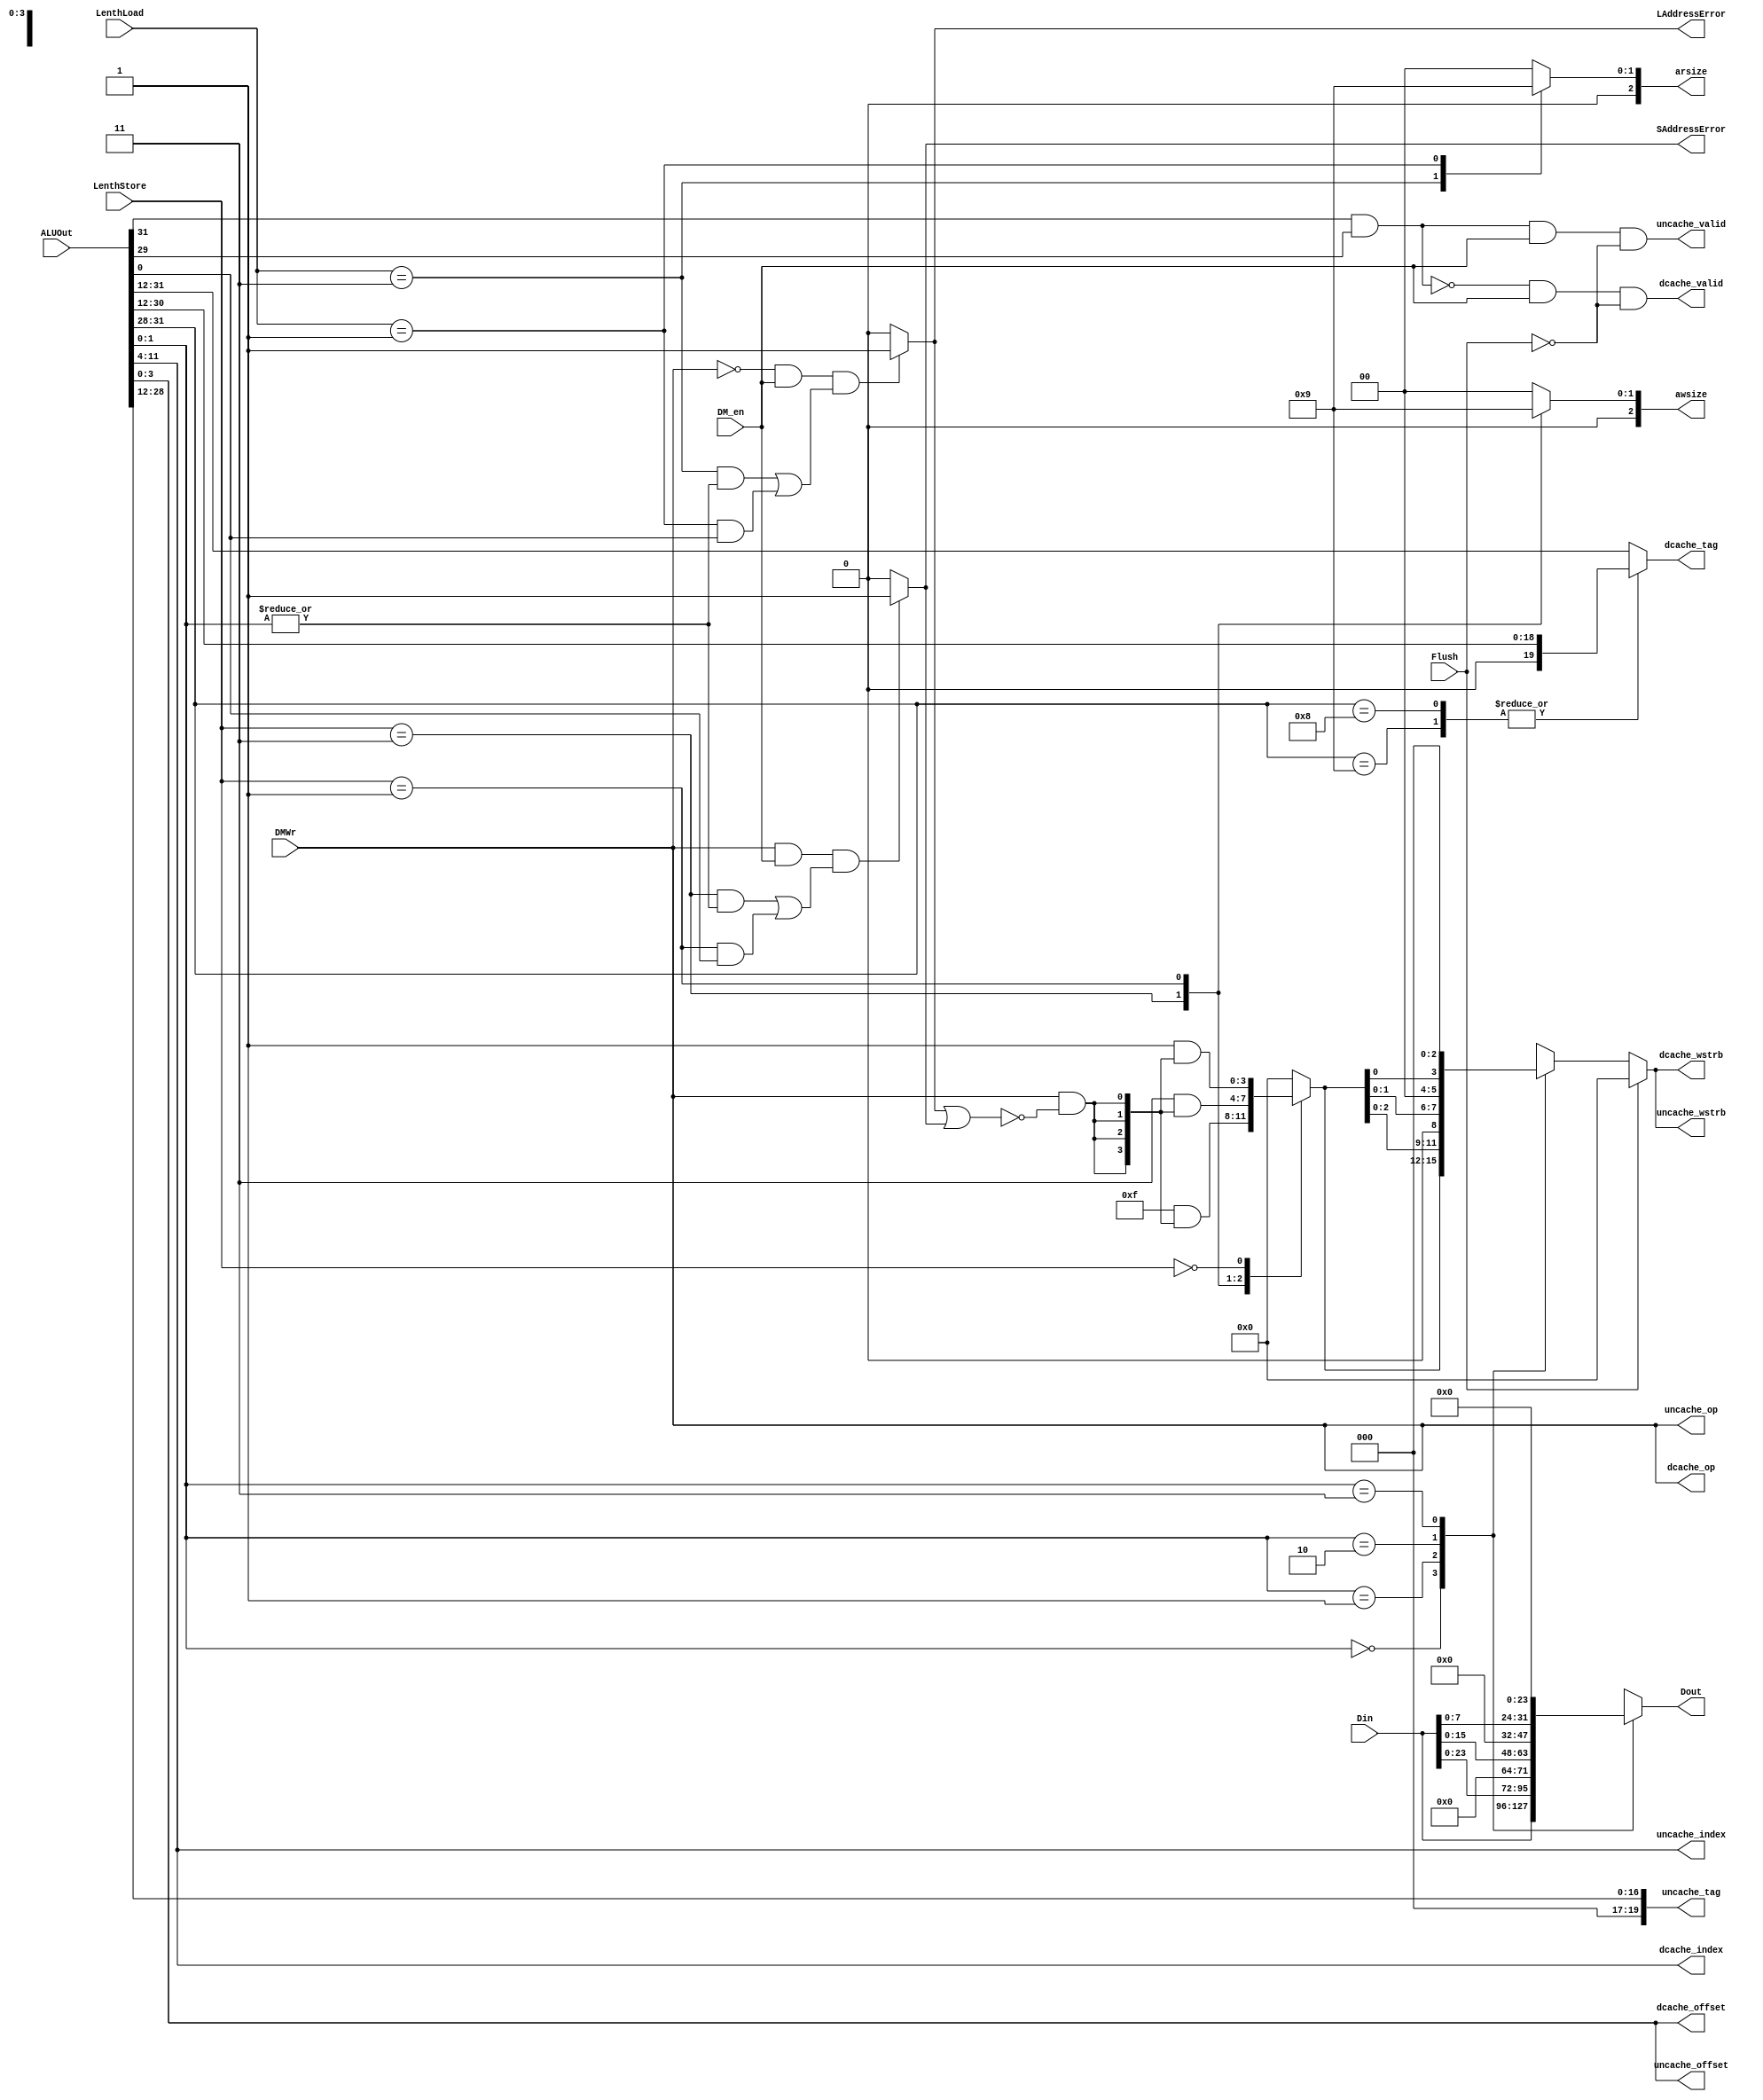
module DM_decoder(DM_en,ALUOut,Din,LenthLoad,LenthStore,DMWr,Flush,
SAddressError,LAddressError,
Dout,dcache_valid,dcache_index,dcache_offset,dcache_tag,dcache_wstrb,dcache_op,
uncache_valid,uncache_index,uncache_offset,uncache_tag,uncache_wstrb,uncache_op,
awsize,arsize
);
    input DM_en;
    input [31:0] ALUOut;
    input [31:0] Din;
    input [1:0] LenthLoad,LenthStore;
    input DMWr;
    input Flush;

    output reg SAddressError,LAddressError;
    output reg [31:0] Dout;
    output dcache_valid,uncache_valid;
    output [7:0] dcache_index,uncache_index;
    output [3:0] dcache_offset,uncache_offset;
    output [19:0] uncache_tag;
    output reg [19:0] dcache_tag;
    output [3:0] dcache_wstrb,uncache_wstrb;
    output dcache_op,uncache_op;
    output reg [2:0] awsize,arsize;

    reg [3:0] DM_Wen;
    reg [3:0] temp;
    wire Error;
    wire [3:0] DMWr4;
    wire [1:0] Addr_Last;

    assign Addr_Last = ALUOut[1:0];

    assign Error = LAddressError|SAddressError;
    assign DMWr4 = {4{DMWr&(~Error)}};

//error
    always @(DMWr or DM_en or LenthLoad or Addr_Last)      
    begin
        if(!DMWr&&DM_en&&((LenthLoad==2'b11&&(|Addr_Last))||(LenthLoad==2'b01&&Addr_Last[0])))
            LAddressError=1'b1;
        else
            LAddressError=1'b0;
    end

    always @(DMWr or DM_en or LenthStore or Addr_Last)
    begin
        if(DMWr&&DM_en&&((LenthStore==2'b11&&(|Addr_Last))||(LenthStore==2'b01&&Addr_Last[0])))
            SAddressError=1'b1;
        else   
            SAddressError=1'b0;
    end
//wstrb
    always @(LenthStore or DMWr4)
    case (LenthStore)
        2'b11: temp = 4'b1111 & DMWr4;
        2'b01: temp = 4'b0011 & DMWr4;
        2'b00: temp = 4'b0001 & DMWr4;
        default: temp = 0;
    endcase

    always @(Addr_Last or temp or Flush)
    if(Flush)
        DM_Wen = 4'b0;
    else
        case (Addr_Last)
            2'b00: DM_Wen = temp;
            2'b01: DM_Wen = {temp[2:0],1'b0};
            2'b10: DM_Wen = {temp[1:0],2'b00};
            2'b11: DM_Wen = {temp[0],3'b000};
            default: DM_Wen = 0;
        endcase

    assign dcache_wstrb = DM_Wen;
    assign uncache_wstrb = DM_Wen;
//wdata
    always @(Addr_Last or Din)
    case (Addr_Last)
        2'b00: Dout = Din;
        2'b01: Dout = {Din[23:0],8'b0};
        2'b10: Dout = {Din[15:0],16'b0};
        2'b11: Dout = {Din[7:0],24'b0};
        default: Dout = 0;
    endcase
//awsize
    always @(LenthStore)
    case (LenthStore)
        2'b11: awsize = 3'b010;
        2'b01: awsize = 3'b001;
        default: awsize = 3'b000;
    endcase
//arsize
    always @(LenthLoad)
    case (LenthLoad)
        2'b11: arsize = 3'b010;
        2'b01: arsize = 3'b001;
        default: arsize = 3'b000;
    endcase

//DCache or UnCache
    assign dcache_valid = ~(ALUOut[31] & ALUOut[29]) & DM_en & !Flush;
    assign uncache_valid = ALUOut[31] & ALUOut[29] & DM_en & !Flush;
    
    assign dcache_index = ALUOut[11:4];
    assign dcache_offset = ALUOut[3:0];

    always @(ALUOut)
    begin
        case(ALUOut[31:28])
        4'b1000,4'b1001:dcache_tag = {1'b0,ALUOut[30:12]};
        4'b1100,4'b1101,4'b1110,4'b1111:dcache_tag = ALUOut[31:12];
        default:dcache_tag = ALUOut[31:12];
        endcase
    end
    
    //assign dcache_tag = {3'b0,ALUOut[28:12]};

    assign uncache_index = ALUOut[11:4];
    assign uncache_tag = {3'b0,ALUOut[28:12]};
    assign uncache_offset = ALUOut[3:0];

    assign dcache_op = DMWr;
    assign uncache_op = DMWr;


endmodule